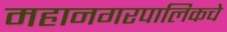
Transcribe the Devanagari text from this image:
महानगरपालिकचे